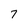
Character: 7